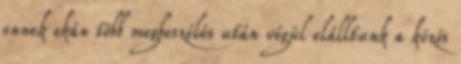
ennek okán több megbeszélés után végül elálltunk a közös